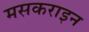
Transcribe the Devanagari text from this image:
मसकराइन